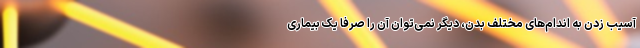
آسیب زدن به اندام‌های مختلف بدن، دیگر نمی‌توان آن را صرفاً یک بیماری